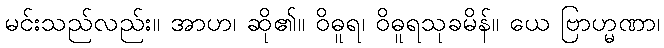
မင်းသည်လည်း။ အာဟ၊ ဆို၏။ ဝိဓူရ၊ ဝိဓူရသုခမိန်။ ယေ ဗြာဟ္မဏာ၊